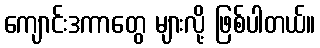
ကျောင်းဒကာတွေ များလို့ ဖြစ်ပါတယ်။